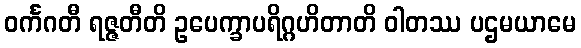
ဝင်္ကဂတီ ရဇ္ဇတီတိ ဥပေက္ခာပရိဂ္ဂဟိတာတိ ဝါတဿ ပဌမယာမေ